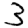
Digit: 3